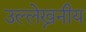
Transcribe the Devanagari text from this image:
उल्लेख्ननीय